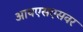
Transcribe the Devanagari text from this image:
आयएसएसवर